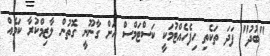
"ބުދު" ފަދަ ތަކެތި ހިފެހެއްޓުމަކީ ކަސްޓަމްސް އަށް ގާނޫނީ ގޮތުން ލާޒިމްކުރާ ކަމެއް